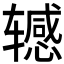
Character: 𫐘